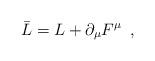
LaTeX: \begin{align*}\bar L = L + \partial _{\mu } F^{\mu } \,\,\, , \end{align*}